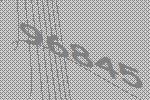
96845